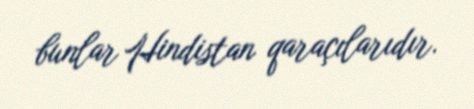
bunlar Hindistan qaraçılarıdır.